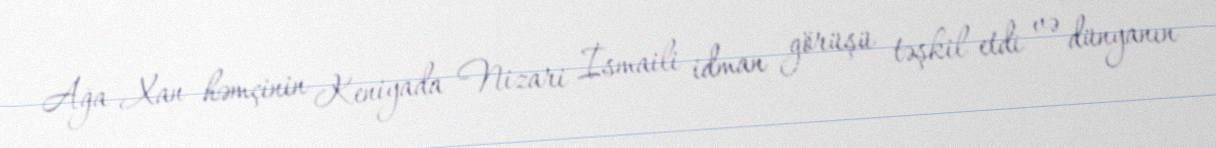
Ağa Xan həmçinin Keniyada Nizari İsmaili idman görüşü təşkil etdi və dünyanın